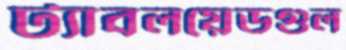
ট্যাবলয়েডগুল